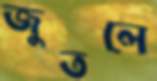
জুতলে